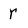
Character: r